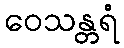
ဝေသန္တရံ